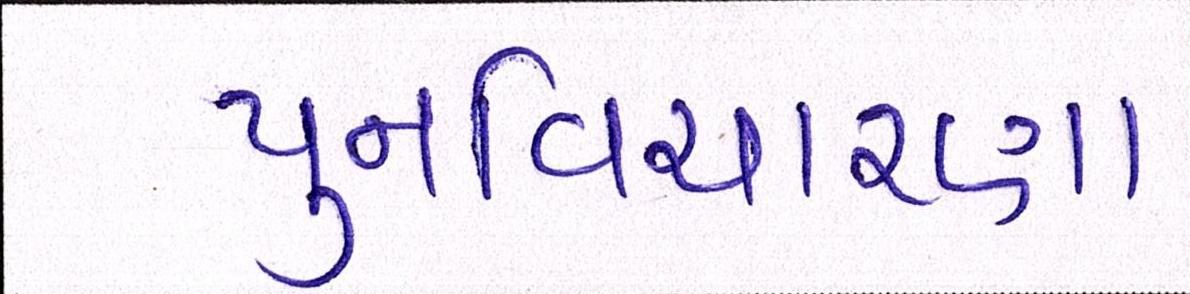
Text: પુનઃવિચારણા